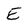
Character: E